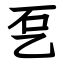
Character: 乭